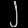
Digit: ၂